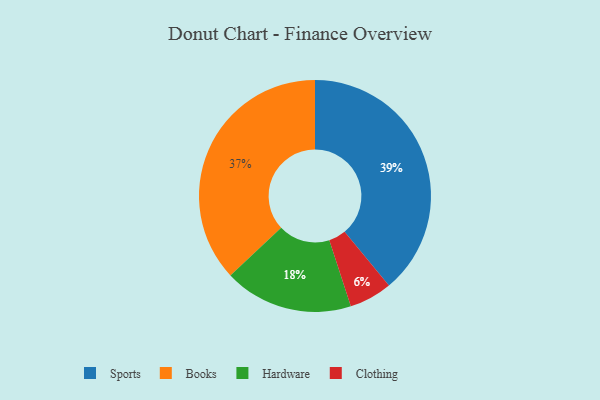
{"axis": {"x": "Category", "y": "Percentage"}, "legend": ["Books", "Clothing", "Hardware", "Sports"], "data": [{"x": "Sports", "y": 39, "type": "Sports"}, {"x": "Hardware", "y": 18, "type": "Hardware"}, {"x": "Clothing", "y": 6, "type": "Clothing"}, {"x": "Books", "y": 37, "type": "Books"}]}